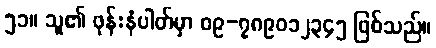
၅၁။ သူ၏ ဖုန်းနံပါတ်မှာ ၀၉-၇၈၉၀၁၂၃၄၅ ဖြစ်သည်။